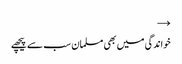
→
خواندگی میں بھی مسلمان سب سے پیچھے